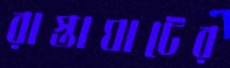
রাস্তাঘাটের